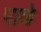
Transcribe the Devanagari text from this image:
पाळे